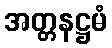
အတ္တနဋ္ဌမံ